Annual administration report of the Civil Veterinary Department of India - 1897-1898
Year: 1897
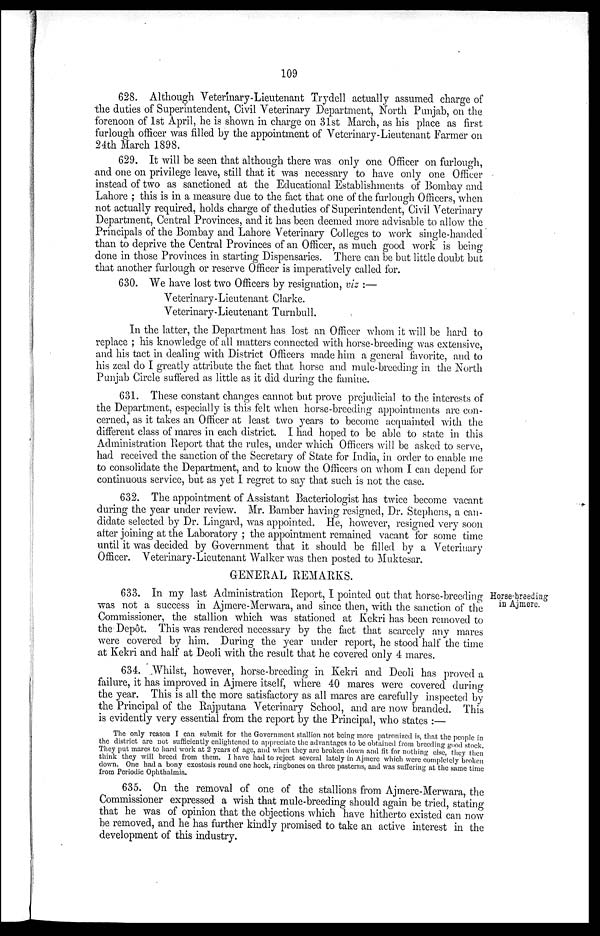
109
628. Although Veterinary-Lieutenant Trydell actually assumed charge of
the duties of Superintendent, Civil Veterinary Department, North Punjab, on the
forenoon of 1st April, he is shown in charge on 31st March, as his place as first
furlough officer was filled by the appointment of Veterinary-Lieutenant Farmer on
24th March 1898.
629. It will be seen that although there was only one Officer on furlough,
and one on privilege leave, still that it was necessary to have only one Officer
instead of two as sanctioned at the Educational Establishments of Bombay and
Lahore; this is in a measure due to the fact that one of the furlough Officers, when
not actually required, holds charge of the duties of Superintendent, Civil Veterinary
Department, Central Provinces, and it has been deemed more advisable to allow the
Principals of the Bombay and Lahore Veterinary Colleges to work single-handed
than to deprive the Central Provinces of an Officer, as much good work is being
done in those Provinces in starting Dispensaries. There can be but little doubt but
that another furlough or reserve Officer is imperatively called for.
630. We have lost two Officers by resignation, viz :—
Veterinary-Lieutenant Clarke.
Veterinary-Lieutenant Turnbull.
In the latter, the Department has lost an Officer whom it will be hard to
replace; his knowledge of all matters connected with horse-breeding was extensive,
and his tact in dealing with District Officers made him a general favorite, and to
his zeal do I greatly attribute the fact that horse and mule-breeding in the North
Punjab Circle suffered as little as it did during the famine.
631. These constant changes cannot but prove prejudicial to the interests of
the Department, especially is this felt when horse-breeding appointments are con-
cerned, as it takes an Officer at least two years to become acquainted with the
different class of mares in each district. I had hoped to be able to state in this
Administration Report that the rules, under which Officers will be asked to serve,
had received the sanction of the Secretary of State for India, in order to enable me
to consolidate the Department, and to know the Officers on whom I can depend for
continuous service, but as yet I regret to say that such is not the case.
632. The appointment of Assistant Bacteriologist has twice become vacant
during the year under review. Mr. Bamber having resigned, Dr. Stephens, a can-
didate selected by Dr. Lingard, was appointed. He, however, resigned very soon
after joining at the Laboratory; the appointment remained vacant for some time
until it was decided by Government that it should be filled by a Veterinary
Officer. Veterinary-Lieutenant Walker was then posted to Muktesar.
GENERAL REMARKS.
Horse-breeding
in Ajmere.
633. In my last Administration Report, I pointed out that horse-breeding
was not a success in Ajmere-Merwara, and since then, with the sanction of the
Commissioner, the stallion which was stationed at Kekri has been removed to
the Depôt. This was rendered necessary by the fact that scarcely any mares
were covered by him. During the year under report, he stood half the time
at Kekri and half at Deoli with the result that he covered only 4 mares.
634. Whilst, however, horse-breeding in Kekri and Deoli has proved a
failure, it has improved in Ajmere itself, where 40 mares were covered during
the year. This is all the more satisfactory as all mares are carefully inspected by
the Principal of the Rajputana Veterinary School, and are now branded. This
is evidently very essential from the report by the Principal, who states :—
The only reason I can submit for the Government stallion not being more patronized is, that the people in
the district are not sufficiently enlightened to appreciate the advantages to be obtained from breeding good stock.
They put mares to hard work at 2 years of age, and when they are broken down and fit for nothing else, they then
think they will breed from them. I have had to reject several lately in Ajmere which were completely broken
down. One had a bony exostosis round one hock, ringbones on three pasterns, and was suffering at the same time
from Periodic Ophthalmia.
635. On the removal of one of the stallions from Ajmere-Merwara, the
Commissioner expressed a wish that mule-breeding should again be tried, stating
that he was of opinion that the objections which have hitherto existed can now
be removed, and he has further kindly promised to take an active interest in the
development of this industry.